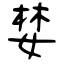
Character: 婪